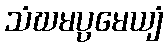
သံဃမပ္ပမေယျံ